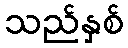
သည်နှစ်